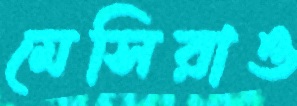
মেসিরাও